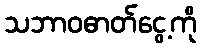
သဘာဝဓာတ်ငွေ့ကို